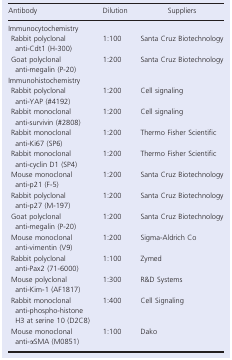
| Antibody | Dilution | Suppliers |
 | --- | --- | --- |
 | <COLSPAN=3> Immunocytochemistry |
 | Rabbit polyclonal anti‐Cdt1 (H‐300) | 1:100 | Santa Cruz Biotechnology |
 | Goat polyclonal anti‐megalin (P‐20) | 1:200 | Santa Cruz Biotechnology |
 | <COLSPAN=3> Immunohistochemistry |
 | Rabbit polyclonal anti‐YAP (#4192) | 1:200 | Cell signaling |
 | Rabbit monoclonal anti‐survivin (#2808) | 1:200 | Cell signaling |
 | Rabbit monoclonal anti‐Ki67 (SP6) | 1:200 | Thermo Fisher Scientific |
 | Rabbit monoclonal anti‐cyclin D1 (SP4) | 1:200 | Thermo Fisher Scientific |
 | Mouse monoclonal anti‐p21 (F‐5) | 1:200 | Santa Cruz Biotechnology |
 | Rabbit polyclonal anti‐p27 (M‐197) | 1:200 | Santa Cruz Biotechnology |
 | Goat polyclonal anti‐megalin (P‐20) | 1:200 | Santa Cruz Biotechnology |
 | Mouse monoclonal anti‐vimentin (V9) | 1:200 | Sigma‐Aldrich Co |
 | Rabbit polyclonal anti‐Pax2 (71‐6000) | 1:100 | Zymed |
 | Mouse polyclonal anti‐Kim‐1 (AF1817) | 1:300 | R&D Systems |
 | Rabbit monoclonal anti‐phospho‐histone H3 at serine 10 (D2C8) | 1:400 | Cell Signaling |
 | Mouse monoclonal anti‐αSMA (M0851) | 1:100 | Dako |